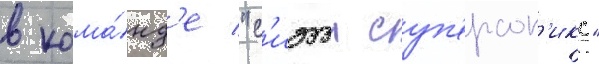
в кома́нд'е "с'иэтл суп'ерсон'икс"